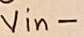
Text: Vin-